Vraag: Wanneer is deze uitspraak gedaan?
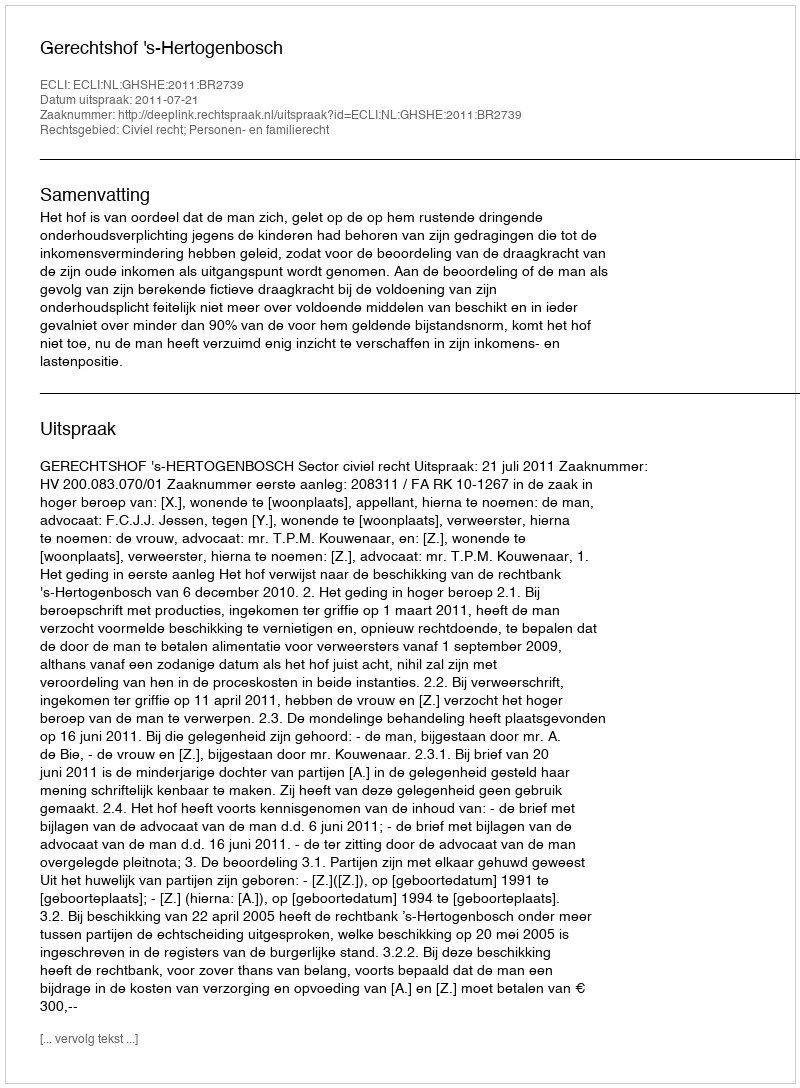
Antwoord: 2011-07-21